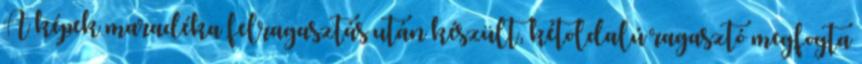
A képek maradéka felragasztás után készült, kétoldalú ragasztó megfogta